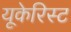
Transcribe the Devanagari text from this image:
यूकेरिस्ट